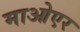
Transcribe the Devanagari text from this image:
माओएर